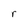
Character: r